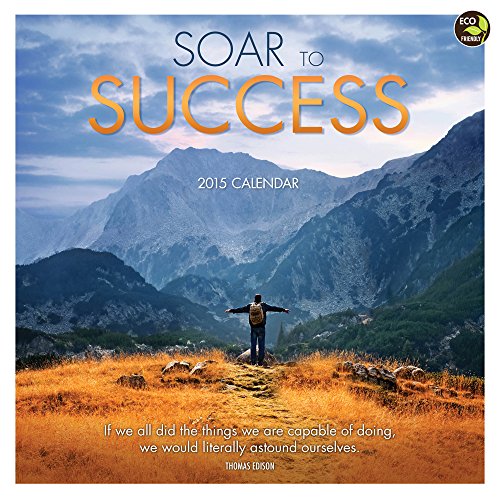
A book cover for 2015 Soar to Success Wall Calendar; TF PUBLISHING; Calendars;